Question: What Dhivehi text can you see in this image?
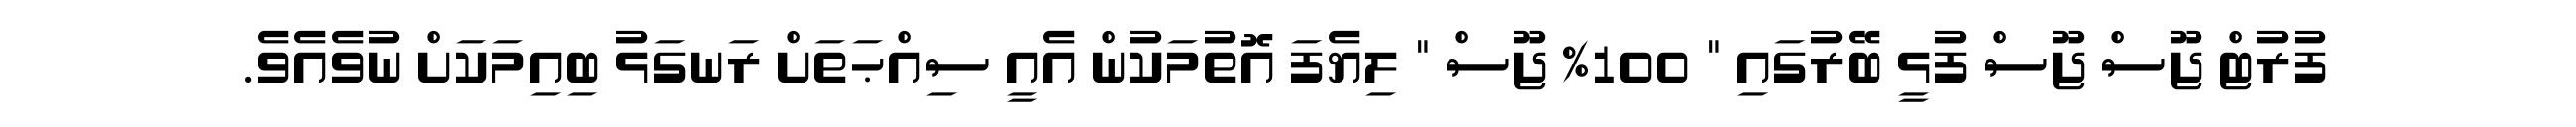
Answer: ފުރުޓް ޖޫސް ޖޫސް ފުޅީ ބޭރުގައި " 100% ޖޫސް " ލިޔެފަ އޮތުމަކުން އެއީ ސިއްޙަތަށް ރަނގަޅު ބިއިމަކަށް ނުވެއެވެ.